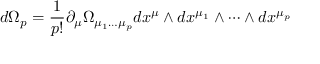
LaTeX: d \Omega _ { p } = \frac { 1 } { p ! } \partial _ { \mu } \Omega _ { \mu _ { 1 } \dots \mu _ { p } } d x ^ { \mu } \wedge d x ^ { \mu _ { 1 } } \wedge \dots \wedge d x ^ { \mu _ { p } }